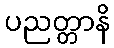
ပညတ္တာနိ